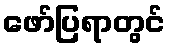
ဖော်ပြရာတွင်